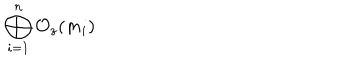
\bigoplus _ { i = 1 } ^ { n } { \cal O } _ { z } ( m _ { i } )